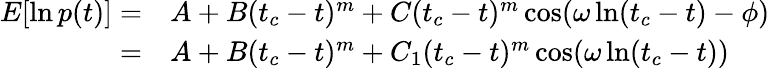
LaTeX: \begin{array}{rl}{E[\ln p(t)]=}&{{}A+B(t_{c}-t)^{m}+C(t_{c}-t)^{m}\cos(\omega\ln(t_{c}-t)-\phi)}\\ {=}&{{}A+B(t_{c}-t)^{m}+C_{1}(t_{c}-t)^{m}\cos(\omega\ln(t_{c}-t))}\end{array}